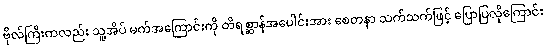
ဗိုလ်ကြီးကလည်း သူ့အိပ် မက်အကြောင်းကို တိရစ္ဆာန်အပေါင်းအား စေတနာ သက်သက်ဖြင့် ပြောပြလိုကြောင်း